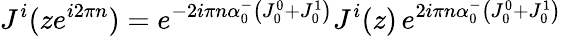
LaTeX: J^{i}(ze^{i2\pi n})=e^{-2i\pi n\alpha_{0}^{-}\left(J_{0}^{0}+J_{0}^{1}\right)}J^{i}(z)\, e^{2i\pi n\alpha_{0}^{-}\left(J_{0}^{0}+J_{0}^{1}\right)}